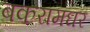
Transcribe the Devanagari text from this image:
बकरामघर